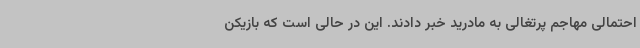
احتمالی مهاجم پرتغالی به مادرید خبر دادند. این در حالی است که بازیکن